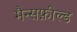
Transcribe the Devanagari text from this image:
मैन्सफ़ील्ड